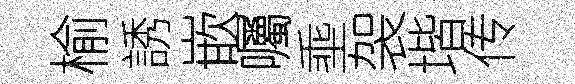
榆誘嵌囑埀袈堦传